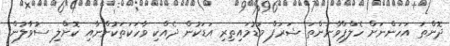
ދޮންތަ އަހަންނަށް ހެލްޕްވާނަންތަ ޝަރަފް މަޑުމައިތިރި އަޑަކުން ދެއްކި ވާހަކަތަކުންނާއި ކޮށްލި ސުވާލުން